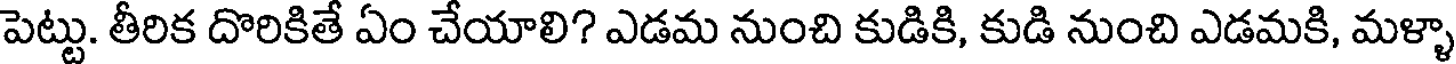
పెట్టు. తీరిక దొరికితే ఏం చేయాలి? ఎడమ నుంచి కుడికి, కుడి నుంచి ఎడమకి, మళ్ళా